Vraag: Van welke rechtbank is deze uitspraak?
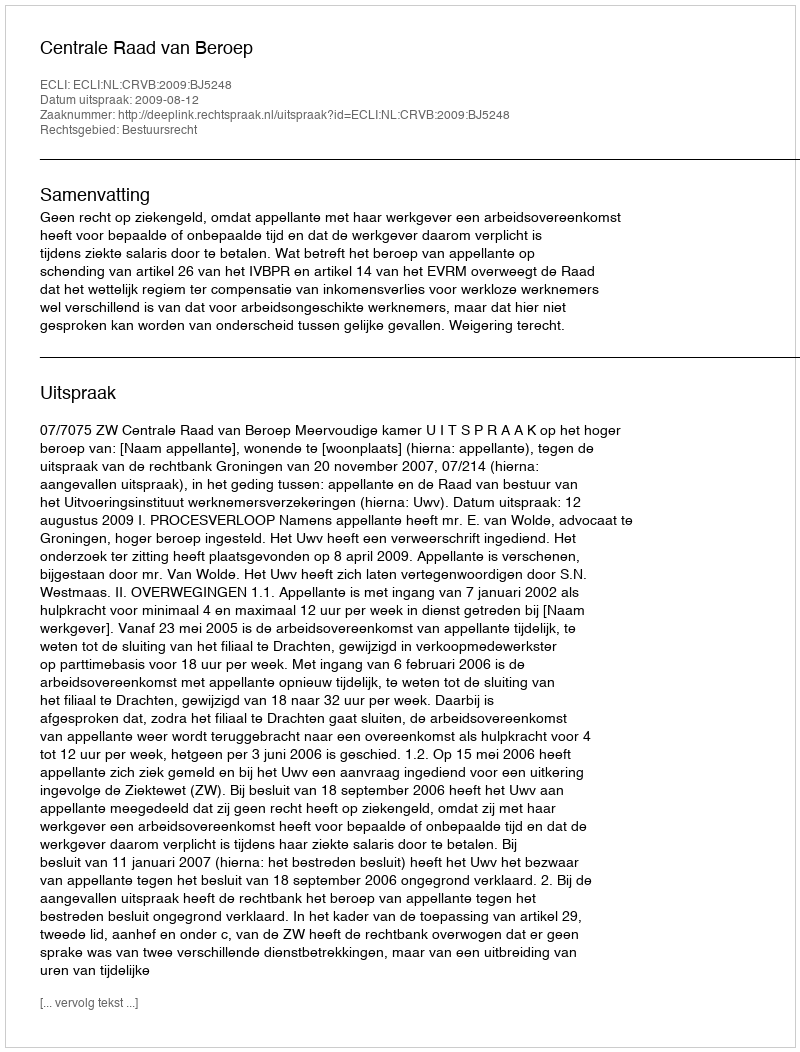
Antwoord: Centrale Raad van Beroep